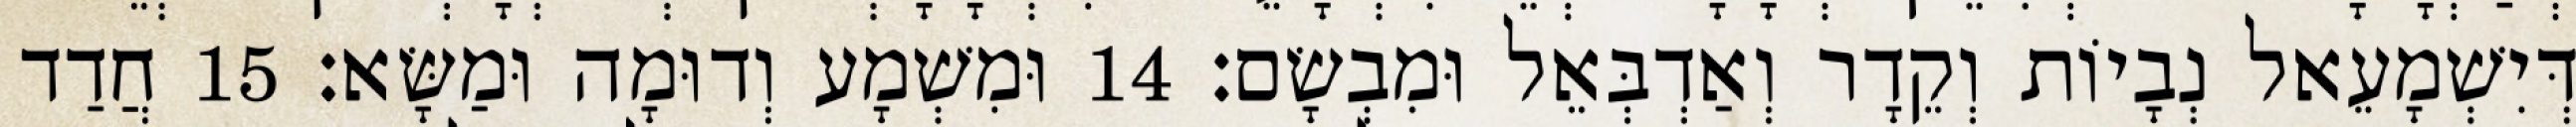
דְּיִשְׁמָעֵאל נְבָיוֹת וְקֵדָר וְאַדְבְּאֵל וּמִבְשָׂם׃ 14 וּמִשְׁמָע וְדוּמָה וּמַשָּׂא׃ 15 חֲדַד